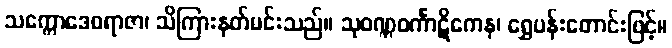
သက္ကောဒေဝရာဇာ၊ သိကြားနတ်မင်းသည်။ သုဝဏ္ဏဝင်္ကာဋိကေန၊ ရွှေပန်းတောင်းဖြင့်။